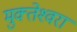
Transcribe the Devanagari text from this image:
मुक्‍तेश्‍वरा